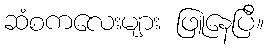
ဆံစကလေးများ ဖြူနေပြီ။